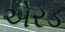
એરડ